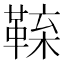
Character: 𩋑